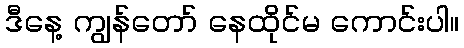
ဒီနေ့ ကျွန်တော် နေထိုင်မ ကောင်းပါ။